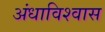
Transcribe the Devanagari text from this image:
अंधाविश्वास